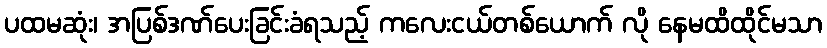
ပထမဆုံး၊ အပြစ်ဒဏ်ပေးခြင်းခံရသည့် ကလေးငယ်တစ်ယောက် လို နေမထိထိုင်မသာ